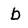
Character: b